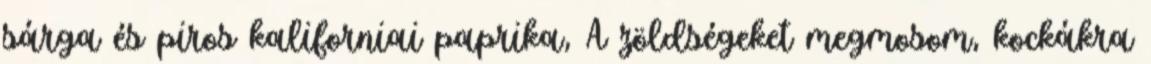
sárga és piros kaliforniai paprika, A zöldségeket megmosom, kockákra